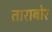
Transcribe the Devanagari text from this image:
ताराबोर